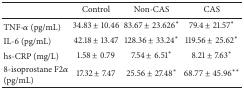
<table><thead><tr><td><b> </b></td><td><b>Control</b></td><td><b>Non-CAS</b></td><td><b>CAS</b></td></tr></thead><tbody><tr><td>TNF-<i>α</i> (pg/mL)</td><td>34.83 ± 10.46</td><td>83.67 ± 23.626*</td><td>79.4 ± 21.57*</td></tr><tr><td>IL-6 (pg/mL)</td><td>42.18 ± 13.47</td><td>128.36 ± 33.24*</td><td>119.56 ± 25.62*</td></tr><tr><td>hs-CRP (mg/L)</td><td>1.58 ± 0.79</td><td>7.54 ± 6.51*</td><td>8.21 ± 7.63*</td></tr><tr><td>8-isoprostane F2<i>α</i> (pg/mL)</td><td>17.32 ± 7.47</td><td>25.56 ± 27.48*</td><td>68.77 ± 45.96**</td></tr></tbody></table>